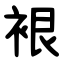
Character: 裉